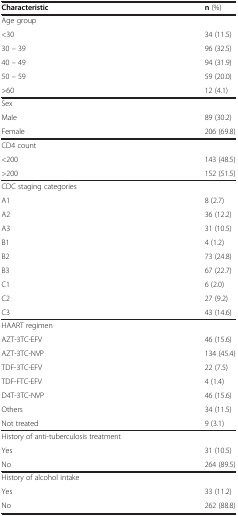
<table><thead><tr><td><b>Characteristic</b></td><td><b>n (%)</b></td></tr></thead><tbody><tr><td>Age group</td><td> </td></tr><tr><td>&lt;30</td><td>34 (11.5)</td></tr><tr><td>30 – 39</td><td>96 (32.5)</td></tr><tr><td>40 – 49</td><td>94 (31.9)</td></tr><tr><td>50 – 59</td><td>59 (20.0)</td></tr><tr><td>&gt;60</td><td>12 (4.1)</td></tr><tr><td>Sex</td><td> </td></tr><tr><td>Male</td><td>89 (30.2)</td></tr><tr><td>Female</td><td>206 (69.8)</td></tr><tr><td>CD4 count</td><td> </td></tr><tr><td>&lt;200</td><td>143 (48.5)</td></tr><tr><td>&gt;200</td><td>152 (51.5)</td></tr><tr><td>CDC staging categories</td><td> </td></tr><tr><td>A1</td><td>8 (2.7)</td></tr><tr><td>A2</td><td>36 (12.2)</td></tr><tr><td>A3</td><td>31 (10.5)</td></tr><tr><td>B1</td><td>4 (1.2)</td></tr><tr><td>B2</td><td>73 (24.8)</td></tr><tr><td>B3</td><td>67 (22.7)</td></tr><tr><td>C1</td><td>6 (2.0)</td></tr><tr><td>C2</td><td>27 (9.2)</td></tr><tr><td>C3</td><td>43 (14.6)</td></tr><tr><td>HAART regimen</td><td> </td></tr><tr><td>AZT-3TC-EFV</td><td>46 (15.6)</td></tr><tr><td>AZT-3TC-NVP</td><td>134 (45.4)</td></tr><tr><td>TDF-3TC-EFV</td><td>22 (7.5)</td></tr><tr><td>TDF-FTC-EFV</td><td>4 (1.4)</td></tr><tr><td>D4T-3TC-NVP</td><td>46 (15.6)</td></tr><tr><td>Others</td><td>34 (11.5)</td></tr><tr><td>Not treated</td><td>9 (3.1)</td></tr><tr><td>History of anti-tuberculosis treatment</td><td> </td></tr><tr><td>Yes</td><td>31 (10.5)</td></tr><tr><td>No</td><td>264 (89.5)</td></tr><tr><td>History of alcohol intake</td><td> </td></tr><tr><td>Yes</td><td>33 (11.2)</td></tr><tr><td>No</td><td>262 (88.8)</td></tr></tbody></table>